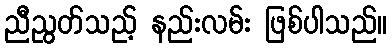
ညီညွတ်သည့် နည်းလမ်း ဖြစ်ပါသည်။